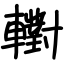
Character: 轛